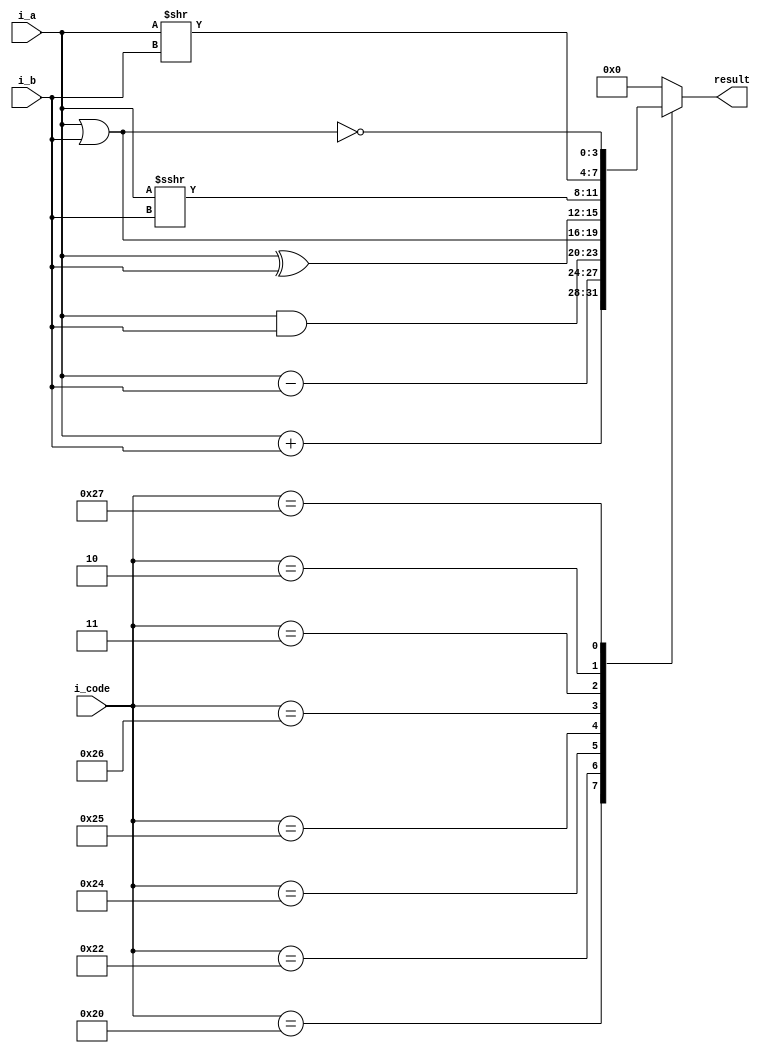
`timescale 1ns / 1ps
//////////////////////////////////////////////////////////////////////////////////
// Student: Aquiles Benjamin Lencina
// Module Name: ALU_Logic
// Project Name: TP1 Arquitectura
//////////////////////////////////////////////////////////////////////////////////


module ALU_Logic  
    #(
        parameter SIZE_COD  = 6, // Tamao del codigo de operaciones
        parameter SIZE_OP   = 4  // Tamao de los operandos
     )
     (
        // Entradas
        input signed [SIZE_OP - 1: 0]   i_a,       // operando a
        input signed [SIZE_OP - 1: 0]   i_b,       // operando b
        input signed [SIZE_COD - 1: 0]  i_code,    // switches
        
        // Salidas
        output signed [SIZE_OP - 1: 0]  result        // Resultado de la operacion
     );
     
     reg [SIZE_OP - 1:0] tmp; // Registro temporal para almacenar el resultado
     
     always @(*) begin
        case (i_code)
            6'b100000: tmp = i_a + i_b;       // ADD 
            6'b100010: tmp = i_a - i_b;       // SUB 
            6'b100100: tmp = i_a & i_b;       // AND 
            6'b100101 : tmp = i_a | i_b;       // OR 
            6'b100110: tmp = i_a ^ i_b;       // XOR 
            6'b000011: tmp = i_a >>> i_b;     // SRA
            6'b000010: tmp = i_a >> i_b;      // SRL
            6'b100111: tmp = ~(i_a | i_b);    // NOR 
            default: tmp = 16'b0; // Valor por default
        endcase
    end
    
    assign result = tmp; 
endmodule